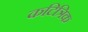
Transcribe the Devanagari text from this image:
कटित्रिक